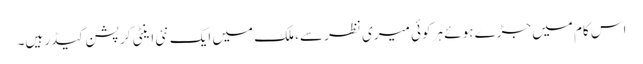
اس کام میں جڑے ہوئے ہر کوئی میری نظر سے، ملک میں ایک نئی اینٹی کرپشن کیڈر ہیں۔